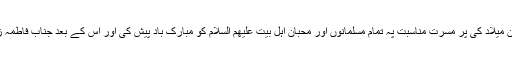
علامہ صافی نے سب سے پہلے جناب سیدہ نساء العالمین(س) کے جشن میلاد کی پر مسرت مناسبت پہ تمام مسلمانوں اور محبان اہل بیت علیھم السلام کو مبارک باد پیش کی اور اس کے بعد جناب فاطمہ زہراء سلام اللہ علیھا کی حیات طیبہ کے مختلف پہلووں پہ روشنی ڈالی۔